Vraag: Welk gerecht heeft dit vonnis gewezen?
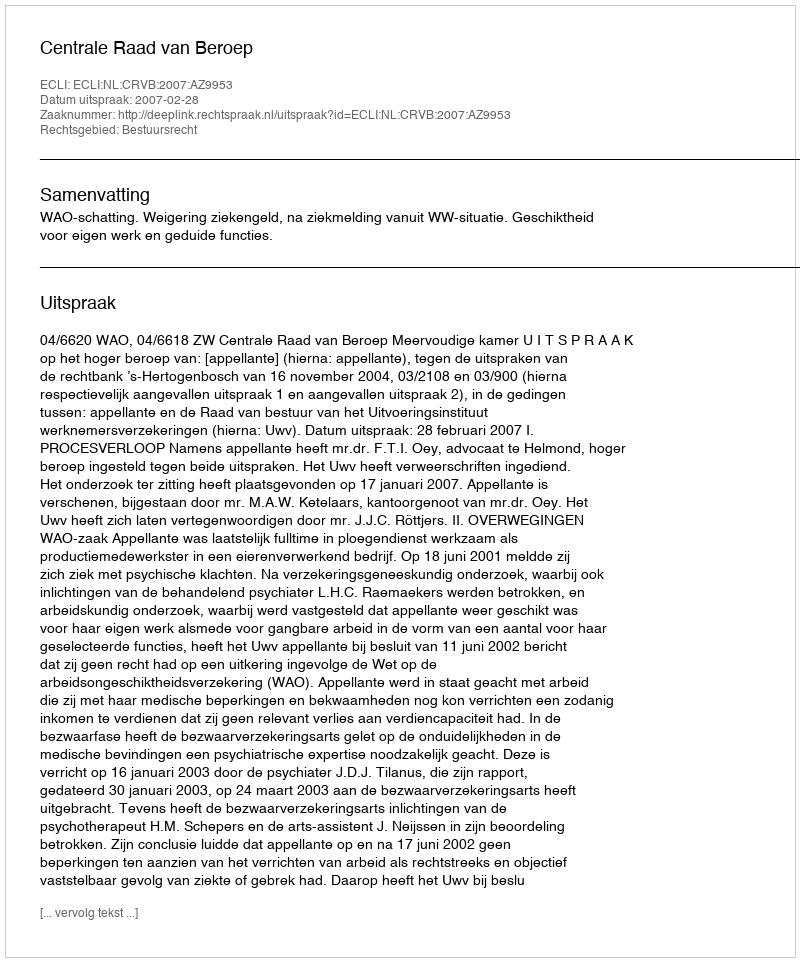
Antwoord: Centrale Raad van Beroep